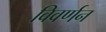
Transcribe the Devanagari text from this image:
विवर्णन